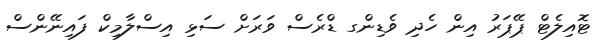
ޓޮއިލެޓް ޕޭޕަރު އިން ހެދި ވެޑިންގ ޑްރެސް ވަރަށް ސަޅި އިސްލާމިކް ފައިނޭންސް